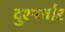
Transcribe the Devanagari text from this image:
दुश्पर्चार